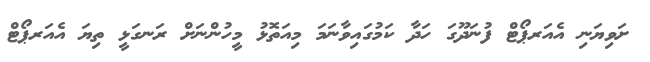
ށަވިޔަނި އެއަރޕޯޓް ފުނަދޫގަ ހަދާ ކަމުގައިވާނަމަ މިއަތޮޅު މީހުންނަށް ރަނގަޅީ ތިޔަ އެއަރޕޯޓް